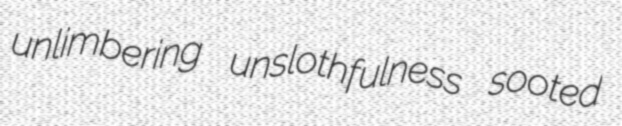
unlimbering unslothfulness sooted